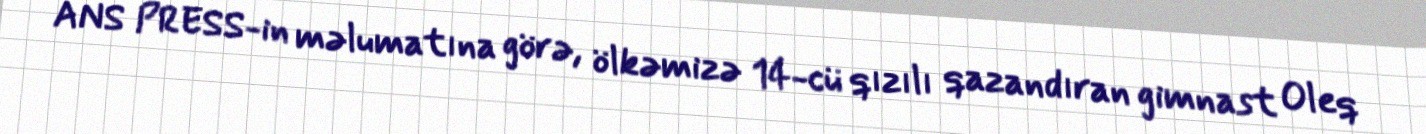
ANS PRESS-in məlumatına görə, ölkəmizə 14-cü qızılı qazandıran gimnast Oleq